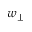
w _ { \perp }